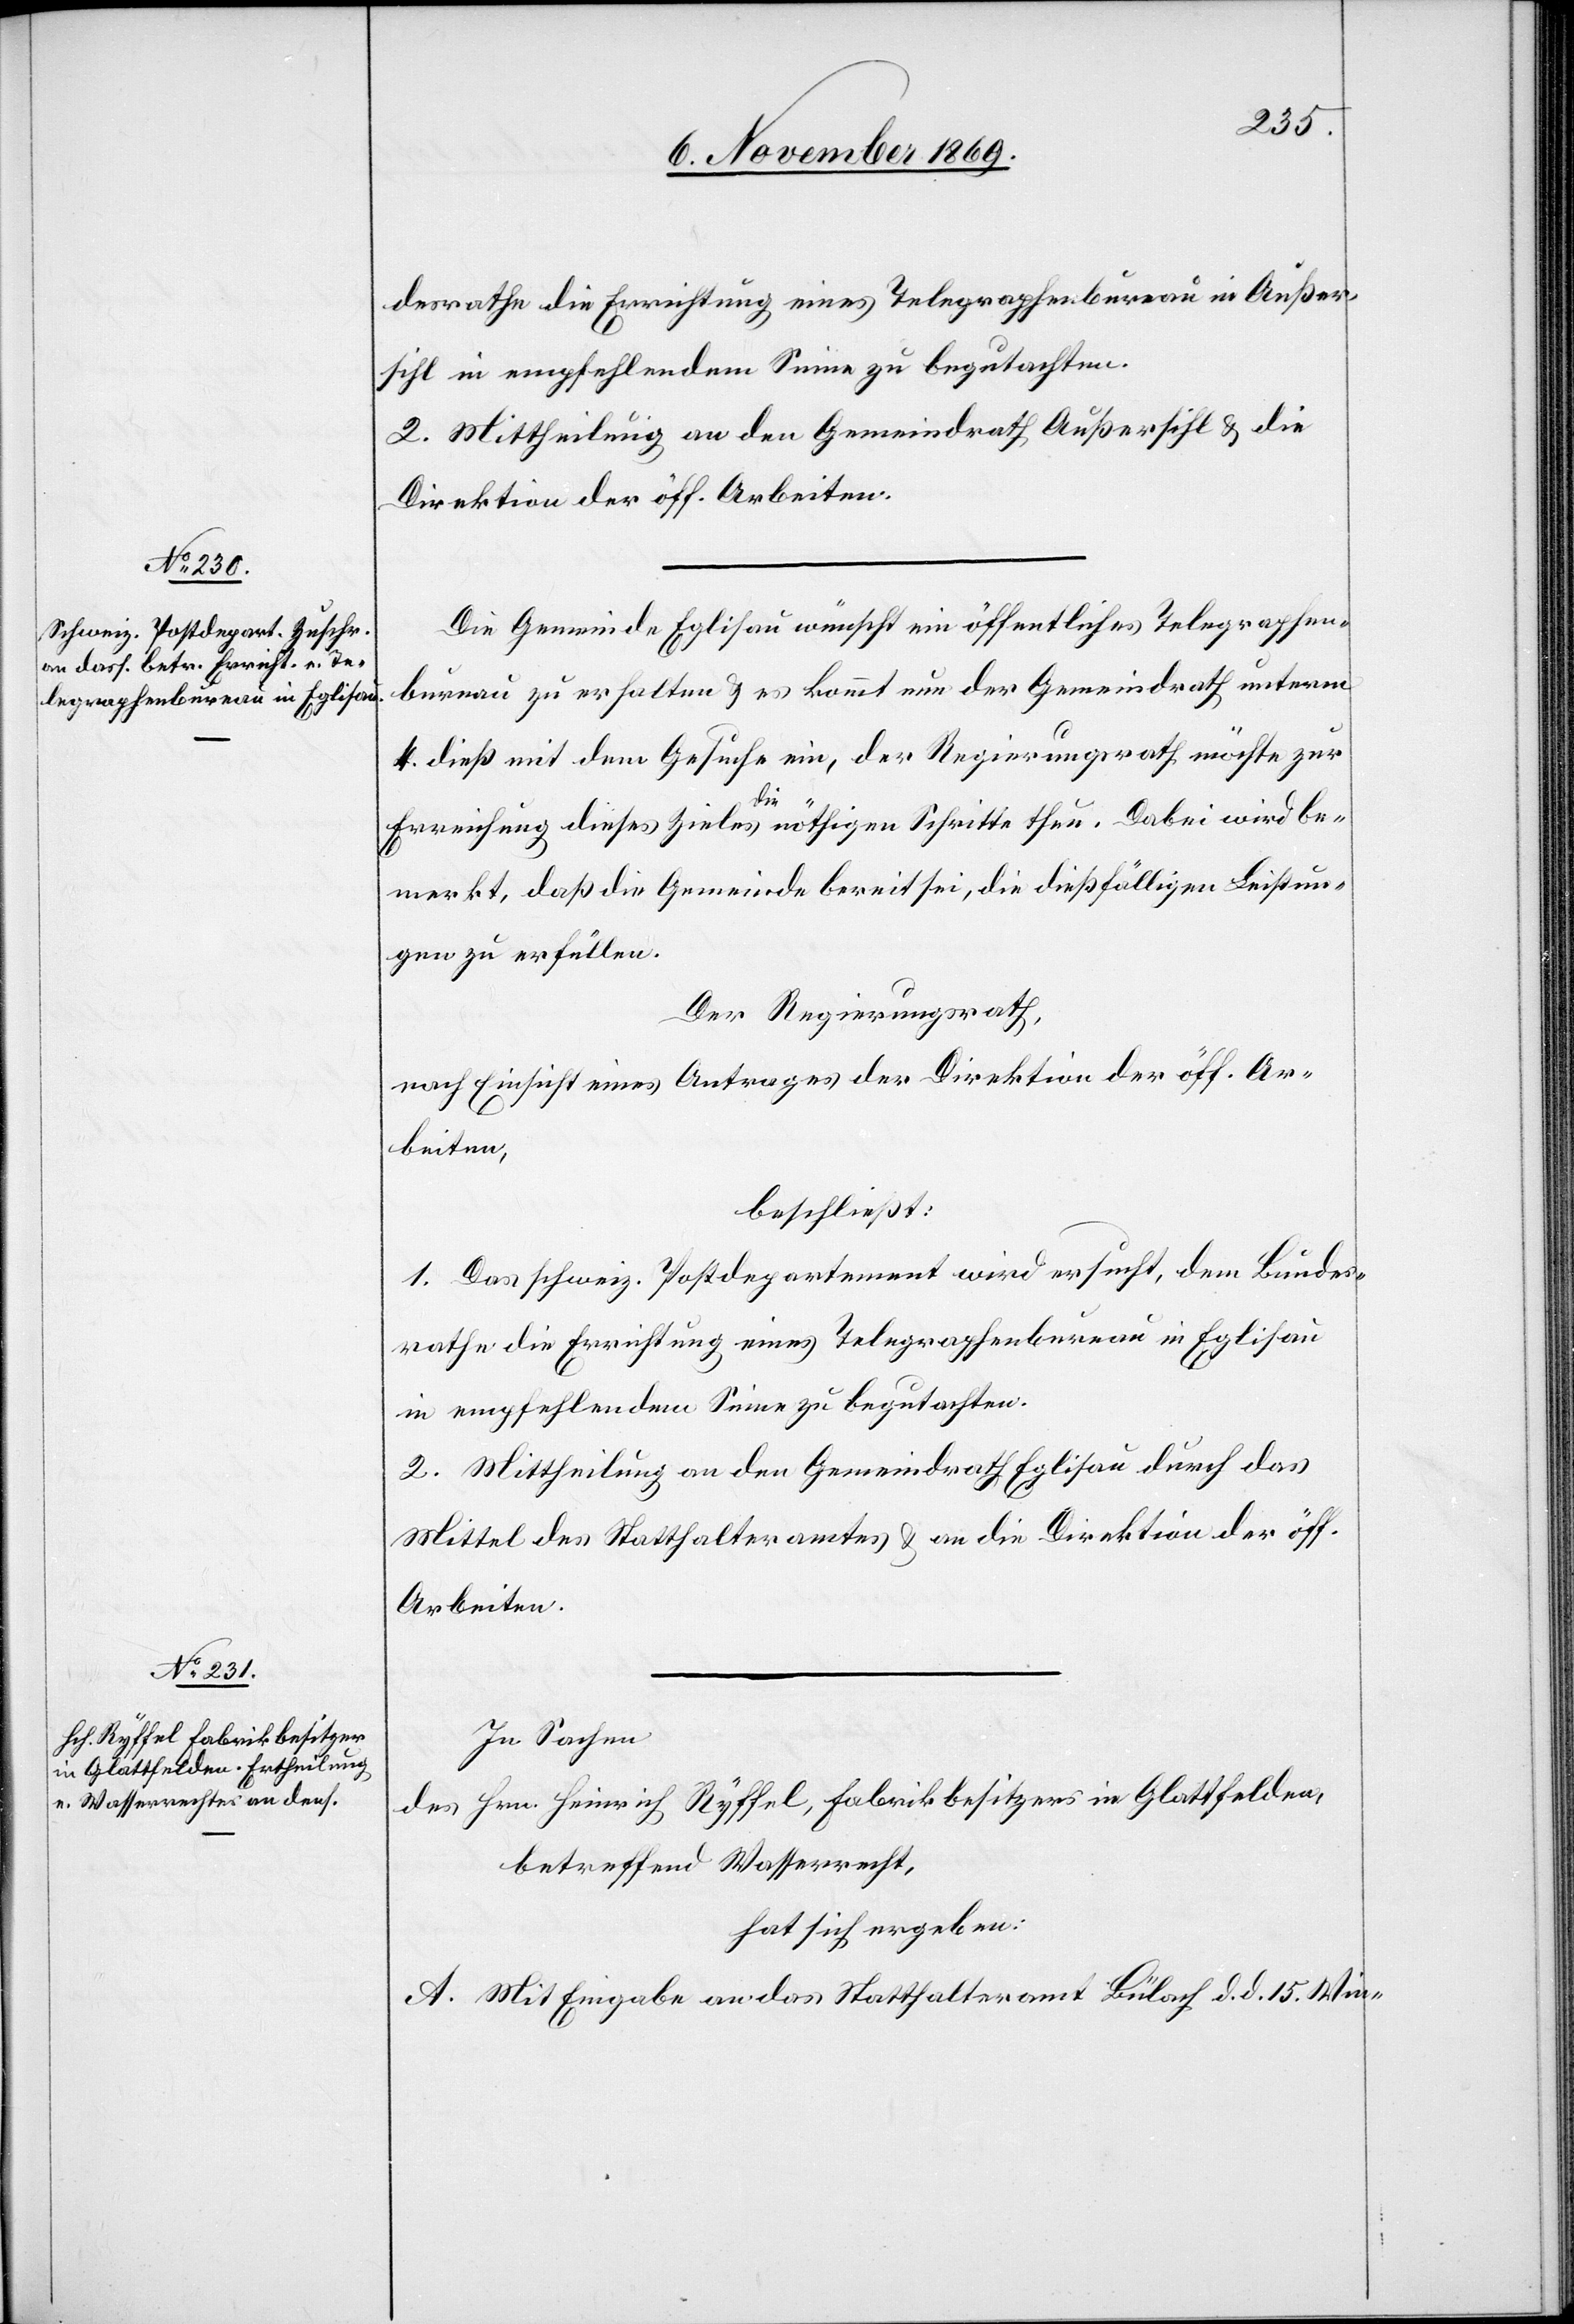
desrathe die Errichtung eines Telegraphenbureau in Außer¬
sihl in empfehlendem Sinne zu begutachten.
2. Mittheilung an den Gemeindrath Außersihl & die
Direktion der öff. Arbeiten.
Die Gemeinde Eglisau wünscht ein öffentliches Telegraphen¬
bureau zu erhalten & es kommt nun der Gemeindrath unterm
4. dieß mit dem Gesuche ein, der Regierungsrath möchte zur
Erreichung dieses Zieles die nöthigen Schritte thun. Dabei wird be¬
merkt, daß die Gemeinde bereit sei, die dießfälligen Leistun¬
gen zu erfüllen.
Der Regierungsrath,
nach Einsicht eines Antrages der Direktion der öff. Ar¬
beiten,
beschließt:
1. Das schweiz. Postdepartement wird ersucht, dem Bundes¬
rathe die Errichtung eines Telegraphenbureau in Eglisau
in empfehlendem Sinne zu begutachten.
2. Mittheilung an den Gemeindrath Eglisau durch das
Mittel des Statthalteramtes & an die Direktion der öff.
Arbeiten.
In Sachen
des Hrn. Heinrich Ryffel, Fabrikbesitzers in Glattfelden,
betreffend Wasserrecht,
hat sich ergeben:
A. Mit Eingabe an das Statthalteramt Bülach d. d. 15. Win-